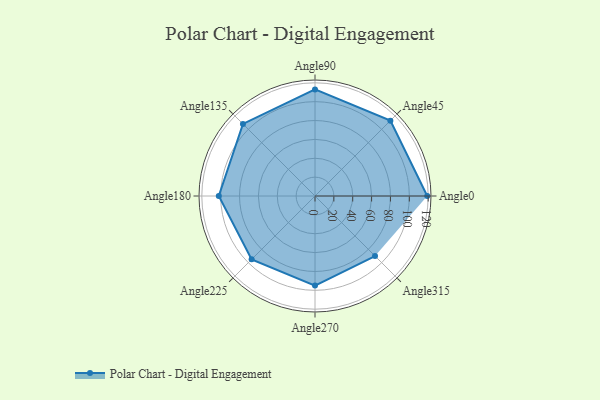
{"axis": {"x": "Angle", "y": "Radius"}, "legend": [""], "data": [{"x": "Angle0", "y": 119.0, "type": ""}, {"x": "Angle45", "y": 113.0, "type": ""}, {"x": "Angle90", "y": 113.0, "type": ""}, {"x": "Angle135", "y": 108.0, "type": ""}, {"x": "Angle180", "y": 102.0, "type": ""}, {"x": "Angle225", "y": 95.0, "type": ""}, {"x": "Angle270", "y": 95.0, "type": ""}, {"x": "Angle315", "y": 90.0, "type": ""}]}